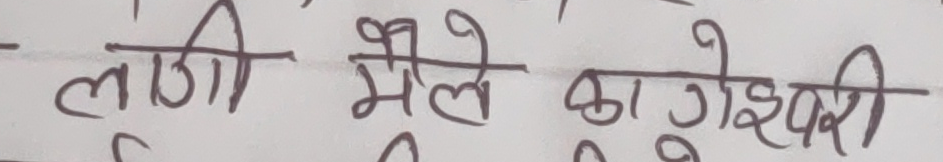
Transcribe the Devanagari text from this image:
लागी मैले काण्डेश्वरी